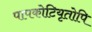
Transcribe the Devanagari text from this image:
पापकोटियृतोपि